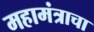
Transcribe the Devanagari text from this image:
महामंत्राचा